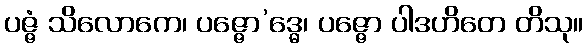
ပဇ္ဇံ သိလောကေ၊ ပဇ္ဇော’ဒ္ဓေ၊ ပဇ္ဇော ပါဒဟိတေ တိသု။